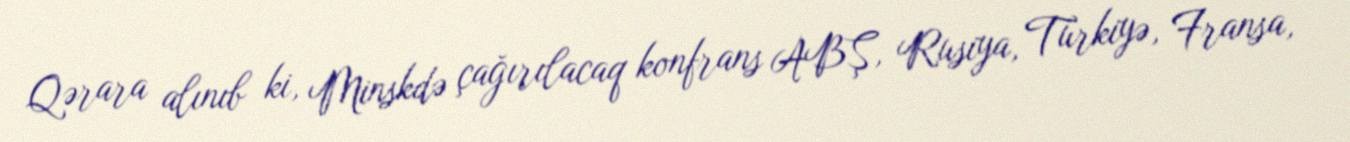
Qərara alınıb ki, Minskdə çağırılacaq konfrans ABŞ, Rusiya, Türkiyə, Fransa,